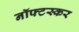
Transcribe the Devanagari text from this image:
नॉफ्टस्कर